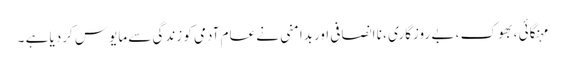
مہنگائی ، بھوک ، بے روزگاری ، نا انصافی اوربدامنی نے عام آدمی کو زندگی سے مایوس کردیا ہے ۔